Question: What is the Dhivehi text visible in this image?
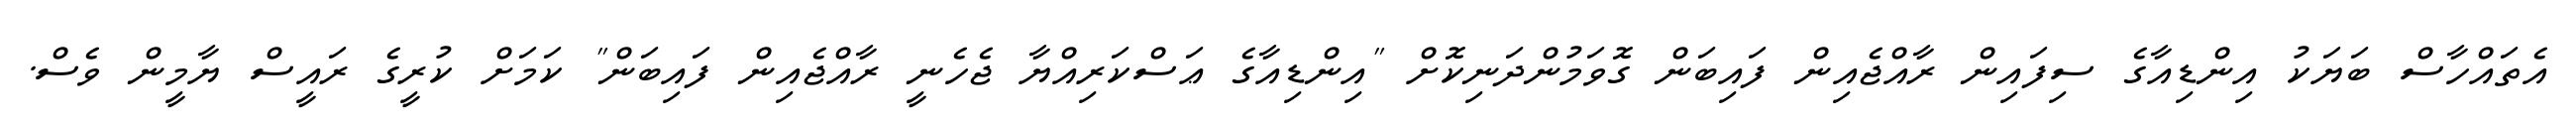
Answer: އެތައްހާސް ބަޔަކު އިންޑިއާގެ ސިފައިން ރާއްޖެއިން ފައިބަން ގޮވަމުންދަނިކޮށް "އިންޑިއާގެ ޢަސްކަރިއްޔާ ޖެހެނީ ރާއްޖެއިން ފައިބަން" ކަމަށް ކުރީގެ ރައީސް ޔާމީން ވެސް.